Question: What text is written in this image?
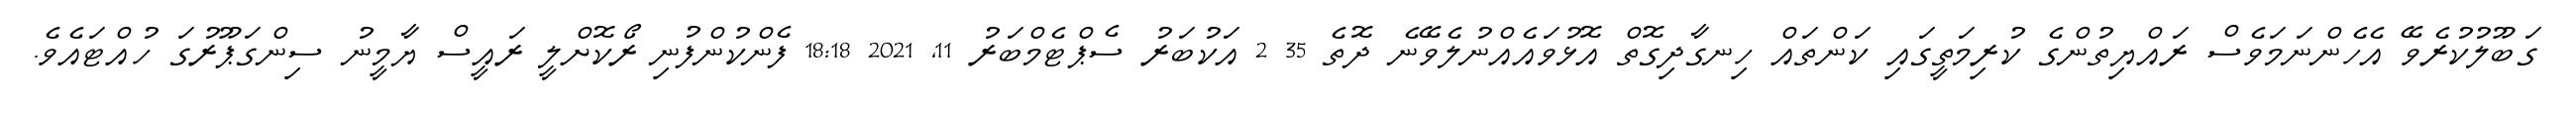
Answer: ގަބޫލުކުރެވޭ އެހެންނަމަވެސް ރައްޔިތުންގެ ކުރިމަތީގައި ކަންތައް ހިނގާދިގޮތް އޮޅުވައެއްނުލެވޭނެ ދޮތެ 35 2 އަކުބަރު ސެޕްޓެމްބަރު 11, 2021 18:18 ފެންކުންފުނި ރޯކޮށްލީ ރައީސް ޔާމީނު ސިންގަޕޫރުގަ ހުއްޓައެވެ.